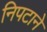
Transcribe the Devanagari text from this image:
निपटाने